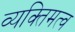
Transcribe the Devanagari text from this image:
व्यक्‍तिमत्व